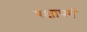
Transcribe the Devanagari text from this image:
रक्षापर्व